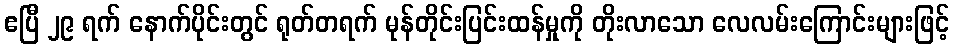
ဧပြီ ၂၉ ရက် နောက်ပိုင်းတွင် ရုတ်တရက် မုန်တိုင်းပြင်းထန်မှုကို တိုးလာသော လေလမ်းကြောင်းများဖြင့်